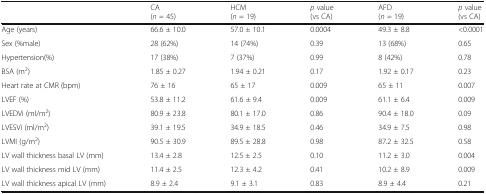
|  | CA(n = 45) | HCM(n = 19) | p value(vs CA) | AFD(n = 19) | p value(vs CA) |
 | --- | --- | --- | --- | --- | --- |
 | Age (years) | 66.6 ± 10.0 | 57.0 ± 10.1 | 0.0004 | 49.3 ± 8.8 | <0.0001 |
 | Sex (%male) | 28 (62%) | 14 (74%) | 0.39 | 13 (68%) | 0.65 |
 | Hypertension(%) | 17 (38%) | 7 (37%) | 0.99 | 8 (42%) | 0.78 |
 | ΒSA (m2) | 1.85 ± 0.27 | 1.94 ± 0.21 | 0.17 | 1.92 ± 0.17 | 0.23 |
 | Heart rate at CMR (bpm) | 76 ± 16 | 65 ± 17 | 0.009 | 65 ± 11 | 0.007 |
 | LVEF (%) | 53.8 ± 11.2 | 61.6 ± 9.4 | 0.009 | 61.1 ± 6.4 | 0.009 |
 | LVEDVi (ml/m2) | 80.9 ± 23.8 | 80.1 ± 17.0 | 0.86 | 90.4 ± 18.0 | 0.09 |
 | LVESVi (ml/m2) | 39.1 ± 19.5 | 34.9 ± 18.5 | 0.46 | 34.9 ± 7.5 | 0.98 |
 | LVMI (g/m2) | 90.5 ± 30.9 | 89.5 ± 28.8 | 0.98 | 87.2 ± 32.5 | 0.58 |
 | LV wall thickness basal LV (mm) | 13.4 ± 2.8 | 12.5 ± 2.5 | 0.10 | 11.2 ± 3.0 | 0.004 |
 | LV wall thickness mid LV (mm) | 11.4 ± 2.5 | 12.3 ± 4.2 | 0.41 | 10.2 ± 8.9 | 0.009 |
 | LV wall thickness apical LV (mm) | 8.9 ± 2.4 | 9.1 ± 3.1 | 0.83 | 8.9 ± 4.4 | 0.21 |